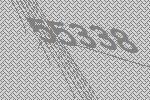
55338